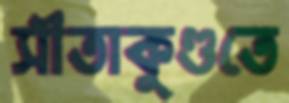
সীতাকুণ্ডতে